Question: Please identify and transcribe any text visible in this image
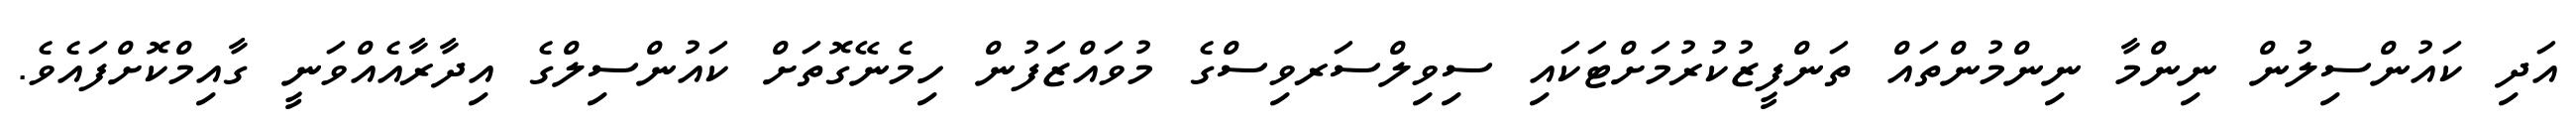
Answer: އަދި ކައުންސިލުން ނިންމާ ނިންމުންތައް ތަންފީޒުކުރުމަށްޓަކައި ސިވިލްސަރވިސްގެ މުވައްޒަފުން ހިމެނޭގޮތަށް ކައުންސިލްގެ އިދާރާއެއްވަނީ ގާއިމްކޮށްފައެވެ.